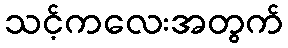
သင့်ကလေးအတွက်